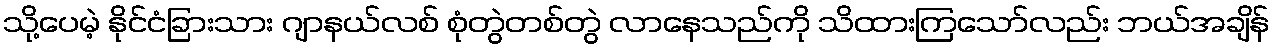
သို့ပေမဲ့ နိုင်ငံခြားသား ဂျာနယ်လစ် စုံတွဲတစ်တွဲ လာနေသည်ကို သိထားကြသော်လည်း ဘယ်အချိန်